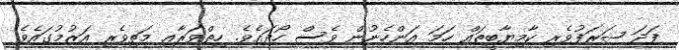
ފަދަ ޝަރަފުވެރި ކާމިޔާބީތައް ހަމަ އަންހެނުން ވެސް ހޯދައެވެ. ހިތްވަރާއި މަތިވެރި އަޒުމުގައެވެ.